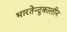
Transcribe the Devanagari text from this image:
भारतेन्दुकालीन